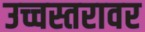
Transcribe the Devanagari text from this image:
उच्चस्तरावर